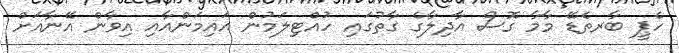
ހެޕީ ބާރތެޑޭ މާމާ ގޮސް އާދިލާގެ ގާތުގައި ހުއްޓިލަމުން އައިމަންއާއި އިވާން އޭނާއަށް